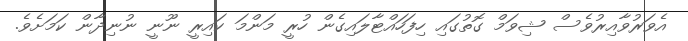
އެވަރުވާއިރުވެސް ޝިވަމް ގޮތުގައި ހިފަހައްޓާލައިގެން ހުރީ މަންމަ ކައިރީ ނޫނީ ނުނިދާން ކަމަށެވެ.